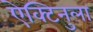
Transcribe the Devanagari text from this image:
ऐक्टिनुला